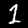
Label: 1